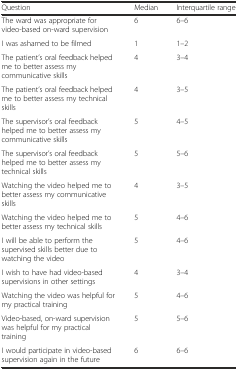
<table><thead><tr><td><b>Question</b></td><td><b>Median</b></td><td><b>Interquartile range</b></td></tr></thead><tbody><tr><td>The ward was appropriate for video-based on-ward supervision</td><td>6</td><td>6–6</td></tr><tr><td>I was ashamed to be filmed</td><td>1</td><td>1–2</td></tr><tr><td>The patient’s oral feedback helped me to better assess my communicative skills</td><td>4</td><td>3–4</td></tr><tr><td>The patient’s oral feedback helped me to better assess my technical skills</td><td>4</td><td>3–5</td></tr><tr><td>The supervisor’s oral feedback helped me to better assess my communicative skills</td><td>5</td><td>4–5</td></tr><tr><td>The supervisor’s oral feedback helped me to better assess my technical skills</td><td>5</td><td>5–6</td></tr><tr><td>Watching the video helped me to better assess my communicative skills</td><td>4</td><td>3–5</td></tr><tr><td>Watching the video helped me to better assess my technical skills</td><td>5</td><td>4–6</td></tr><tr><td>I will be able to perform the supervised skills better due to watching the video</td><td>5</td><td>4–6</td></tr><tr><td>I wish to have had video-based supervisions in other settings</td><td>4</td><td>3–4</td></tr><tr><td>Watching the video was helpful for my practical training</td><td>5</td><td>4–6</td></tr><tr><td>Video-based, on-ward supervision was helpful for my practical training</td><td>5</td><td>5–6</td></tr><tr><td>I would participate in video-based supervision again in the future</td><td>6</td><td>6–6</td></tr></tbody></table>